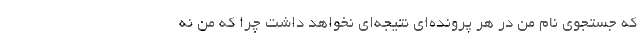
که جستجوی نام من در هر پرونده‌ای نتیجه‌ای نخواهد داشت چرا که من نه